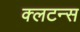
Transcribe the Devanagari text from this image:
क्लटन्स